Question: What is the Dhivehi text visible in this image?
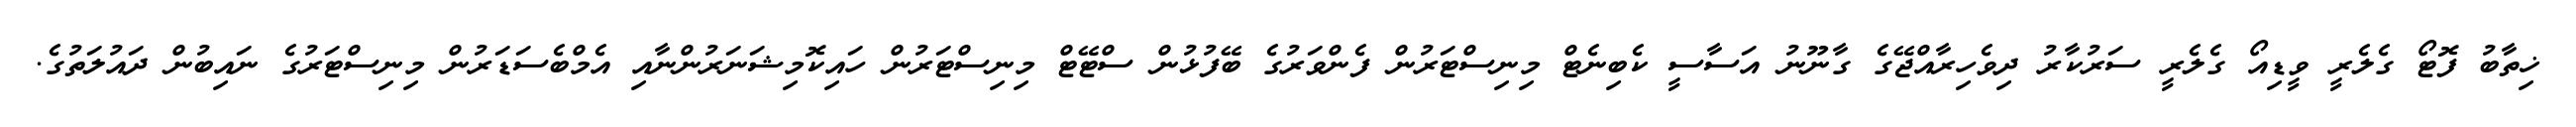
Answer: ޚިތާބު ފޮޓޯ ގެލެރީ ވީޑިއޯ ގެލެރީ ސަރުކާރު ދިވެހިރާއްޖޭގެ ގާނޫނު އަސާސީ ކެބިނެޓް މިނިސްޓަރުން ފެންވަރުގެ ބޭފުޅުން ސްޓޭޓް މިނިސްޓަރުން ހައިކޮމިޝަނަރުންނާއި އެމްބެސަޑަރުން މިނިސްޓަރުގެ ނައިބުން ދައުލަތުގެ.